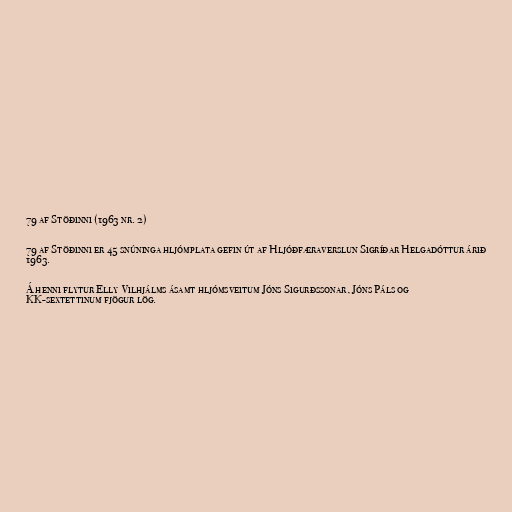
79 af Stöðinni (1963 nr. 2)

79 af Stöðinni er 45 snúninga hljómplata gefin út af Hljóðfæraverslun Sigríðar Helgadóttur árið
1963.

Á henni flytur Elly Vilhjálms ásamt hljómsveitum Jóns Sigurðssonar, Jóns Páls og
KK-sextettinum fjögur lög.